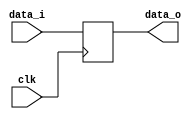
module CTRLBLOCK_REG(data_o, data_i ,clk);
	input clk;
	input		[3:0]	data_i;
	output	[3:0]	data_o;
	
	// Declare ports' data type
	wire		clk;
	wire 		[3:0]	data_i;
	reg 		[3:0]	data_o;
	
	//Function description
	always @ (posedge clk) begin
		// Block of codes need to be executed
		// Use "<=" in sequential circuits
		// Use "=" in combinational circuits
		data_o <= data_i;
	end
endmodule